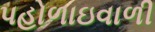
પહોળાઇવાળી